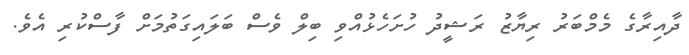
ދާއިރާގެ މެމްބަރު ރިޔާޒު ރަޝީދު ހުށަހެޅުއްވި ބިލް ވެސް ބަލައިގަތުމަށް ފާސްކުރި އެވެ.